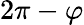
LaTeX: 2\pi-\varphi